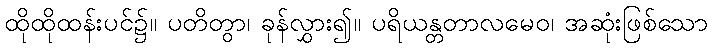
ထိုထိုထန်းပင်၌။ ပတိတွာ၊ ခုန်လွှား၍။ ပရိယန္တတာလမေဝ၊ အဆုံးဖြစ်သော